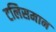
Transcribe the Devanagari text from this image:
टलिसमान